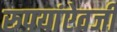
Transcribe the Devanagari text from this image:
रुपयांऐवजी